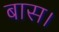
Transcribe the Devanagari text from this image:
बास।